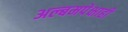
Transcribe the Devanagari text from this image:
अल्बमपेक्षाही